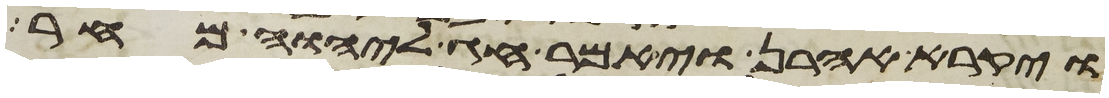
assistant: ויקרא אהרן ויאמר חג ליהוה מחר